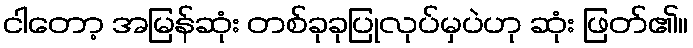
ငါတော့ အမြန်ဆုံး တစ်ခုခုပြုလုပ်မှပဲဟု ဆုံး ဖြတ်၏။